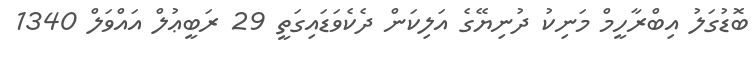
ބޮޑުގަލު އިބްރާހީމް މަނިކު ދުނިޔޭގެ އަލިކަން ދެކެވަޑައިގަތީ 29 ރަބީޢުލް އައްވަލް 1340